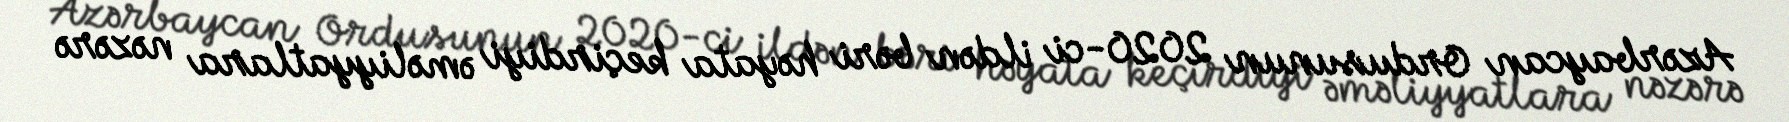
Azərbaycan Ordusunun 2020-ci ildən bəri həyata keçirdiyi əməliyyatlara nəzərə